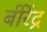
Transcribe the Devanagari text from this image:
बीरेंद्र